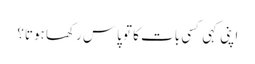
اپنی کہی کسی بات کا تو پاس رکھا ہوتا؟